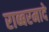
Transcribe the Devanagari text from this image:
राब्बरमादे